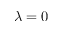
\lambda = 0